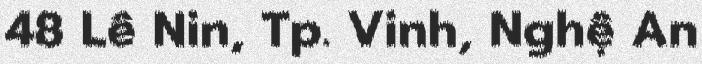
48 Lê Nin, Tp. Vinh, Nghệ An